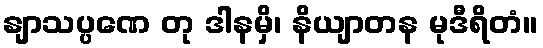
နျာသပ္ပဏေ တု ဒါနမှိ၊ နိယျာတန မုဒီရိတံ။